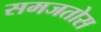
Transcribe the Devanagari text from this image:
समजतोस